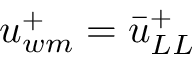
u _ { w m } ^ { + } = \bar { u } _ { L L } ^ { + }